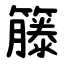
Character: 籐